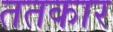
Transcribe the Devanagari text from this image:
ततकार